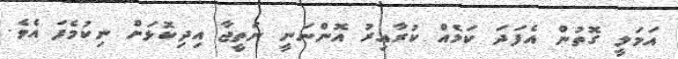
އަމަލީ ގޮތުން އެފަދަ ކަމެއް ކުރާއިރު އޮންނަނީ ނަތީޖާ އިދިކޮޅަށް ނިކުމެފަ އެވެ.